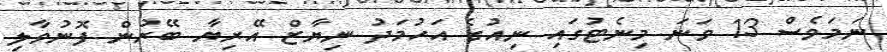
ނަމަވެސް 13 ވަނަ މިނެޓުގައި ނިއުގެ އަހުމަދު ނިޔާޒް އޭރިޔާ ބޭރުން ފޮނުވާލި